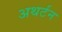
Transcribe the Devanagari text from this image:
अथर्टन